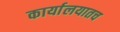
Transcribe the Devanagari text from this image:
कार्यालयातच